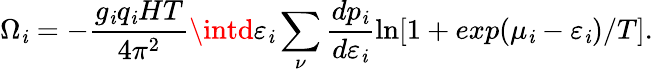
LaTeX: \Omega_{\mathit{i}}=-\frac{{g_{\mathit{i}}q_{\mathit{i}}HT}}{{4\pi^{2}}}\intd\varepsilon_{\mathit{i}}\sum_{\nu}\frac{{dp_{\mathit{i}}}}{{d\varepsilon_{\mathit{i}}}}\ln[1+exp(\mu_{\mathit{i}}-\varepsilon_{\mathit{i}})/T].